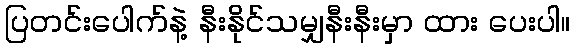
ပြတင်းပေါက်နဲ့ နီးနိုင်သမျှနီးနီးမှာ ထား ပေးပါ။